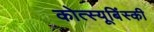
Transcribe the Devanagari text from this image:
कोत्स्यूबिंस्की